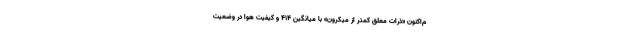
م‌اکنون «ذرات معلق کمتر از میکرون» با میانگین ۴۱۴ و کیفیت هوا در وضعیت